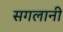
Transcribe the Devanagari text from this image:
सगलानी